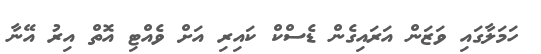
ހަމަލާގައި ވަޒަން އަރައިގެން ޑެސްކް ކައިރި އަށް ވެއްޓި އޮތް އިރު އޭނާ